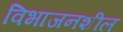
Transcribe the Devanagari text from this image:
विभाजनशील